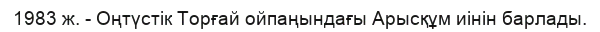
1983 ж. - Оңтүстік Торғай ойпаңындағы Арысқұм иінін барлады.